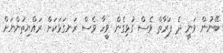
ބޭނުން ވަނީ ދެ ފަރާތް ވެސް ގުޅިގެން ވީހާ ވެސް ރަނގަޅަކަށް ރައްޔިތުންނަށް